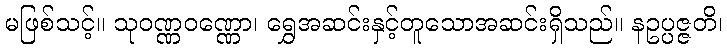
မဖြစ်သင့်။ သုဝဏ္ဏဝဏ္ဏော၊ ရွှေအဆင်းနှင့်တူသောအဆင်းရှိသည်။ နဥပ္ပဇ္ဇတိ၊